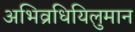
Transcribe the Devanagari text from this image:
अभिव्रधियिलुमान